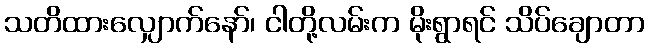
သတိထားလျှောက်နော်၊ ငါတို့လမ်းက မိုးရွာရင် သိပ်ချောတာ